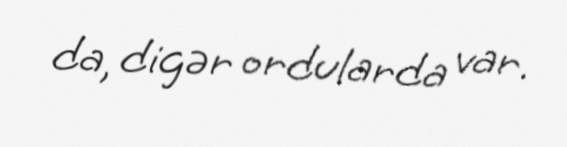
da, digər ordularda var.